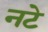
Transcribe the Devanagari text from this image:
नटे